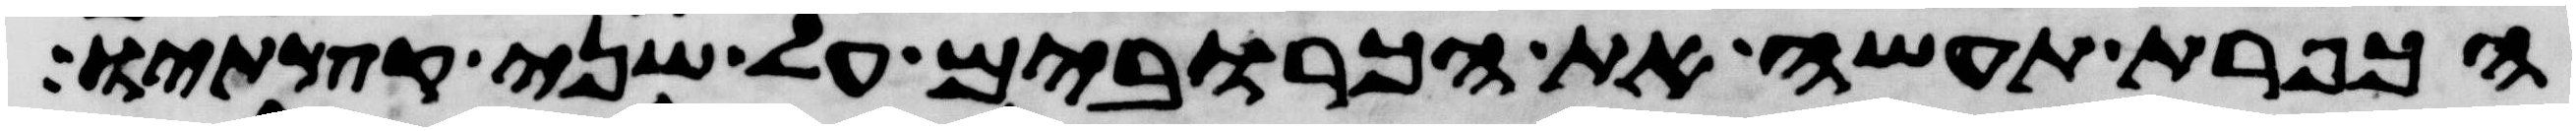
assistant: הכפרת תעשה את הכרובים על שני קצתיו